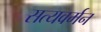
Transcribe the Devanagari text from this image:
सत्यवर्मन